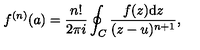
f ^ { ( n ) } ( a ) = \frac { n ! } { 2 \pi i } \oint _ { C } \frac { f ( z ) \mathrm { d } z } { ( z - u ) ^ { n + 1 } } ,